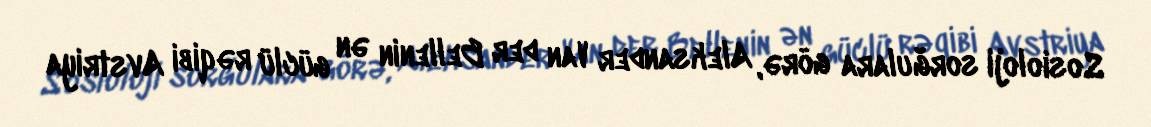
Sosioloji sorğulara görə, Aleksander Van der Bellenin ən güclü rəqibi Avstriya